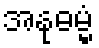
အနုဓမ္မံ